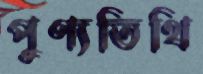
পুণ্যতিথি